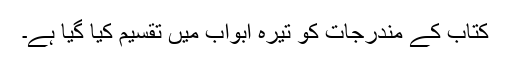
کتاب کے مندرجات کو تیرہ ابواب میں تقسیم کیا گیا ہے۔